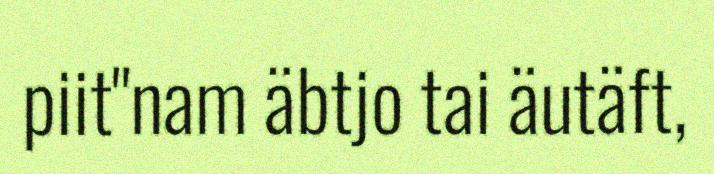
piit"nam äbtjo tai äutäft,